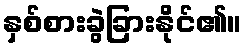
နှစ်စားခွဲခြားနိုင်၏။